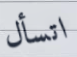
اتسأل